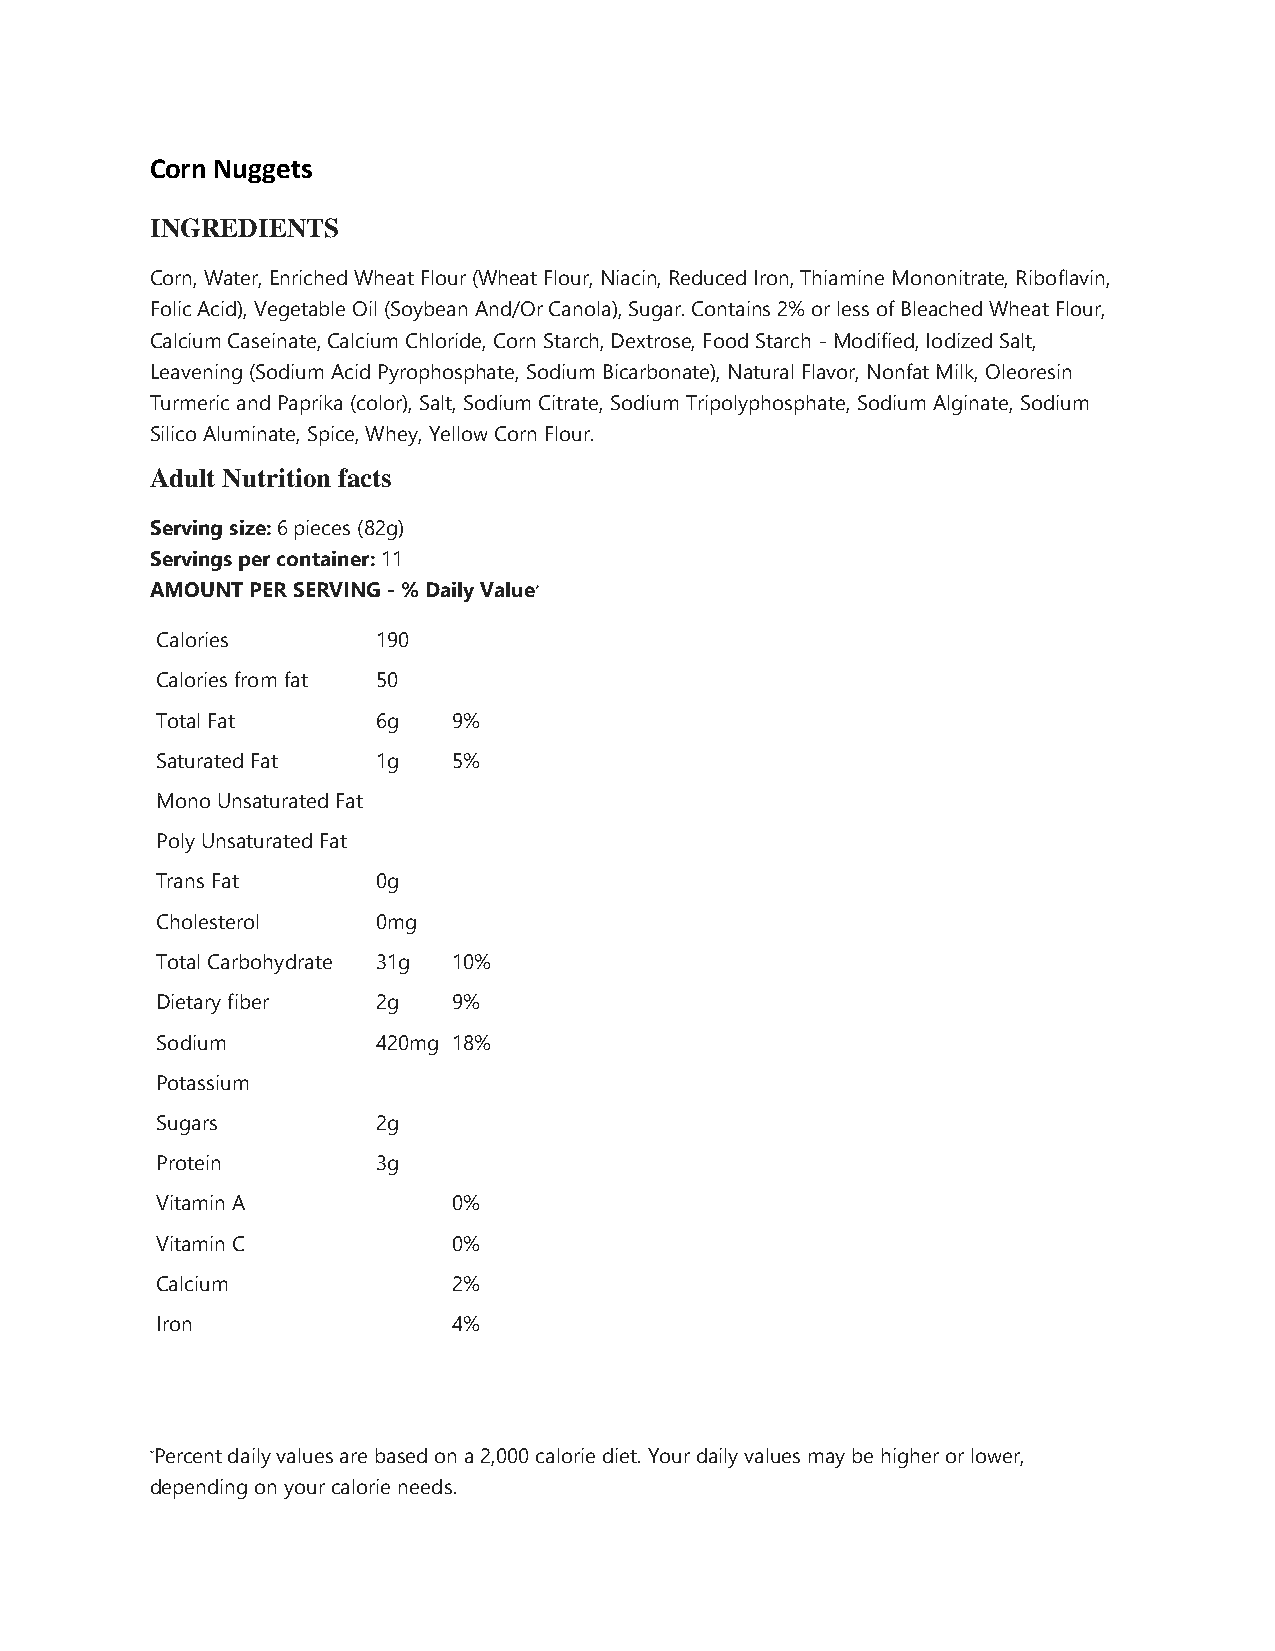
Corn Nuggets
 INGREDIENTS
 Corn, Water, Enriched Wheat Flour (Wheat Flour, Niacin, Reduced Iron, Thiamine Mononitrate, Riboflavin,
 Folic Acid), Vegetable Oil (Soybean And/Or Canola), Sugar. Contains 2% or less of Bleached Wheat Flour,
 Calcium Caseinate, Calcium Chloride, Corn Starch, Dextrose, Food Starch - Modified, Iodized Salt,
 Leavening (Sodium Acid Pyrophosphate, Sodium Bicarbonate), Natural Flavor, Nonfat Milk, Oleoresin
 Turmeric and Paprika (color), Salt, Sodium Citrate, Sodium Tripolyphosphate, Sodium Alginate, Sodium
 Silico Aluminate, Spice, Whey, Yellow Corn Flour.
 Adult Nutrition facts
 Serving size: 6 pieces (82g)
 Servings per container: 11
 AMOUNT PER SERVING - % Daily Value*
 Calories       190
 Calories from fat 50
 Total Fat      6g   9%
 Saturated Fat  1g   5%
 Mono Unsaturated Fat
 Poly Unsaturated Fat
 Trans Fat      0g
 Cholesterol    0mg
 Total Carbohydrate 31g 10%
 Dietary fiber  2g   9%
 Sodium         420mg 18%
 Potassium
 Sugars         2g
 Protein        3g
 Vitamin A           0%
 Vitamin C           0%
 Calcium             2%
 Iron                4%
 *Percent daily values are based on a 2,000 calorie diet. Your daily values may be higher or lower,
 depending on your calorie needs.